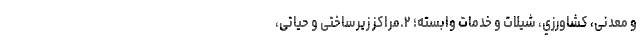
و معدنی، کشاورزي، شیلات و خدمات وابسته؛ ۲.مراکز زیرساختی و حیاتی،